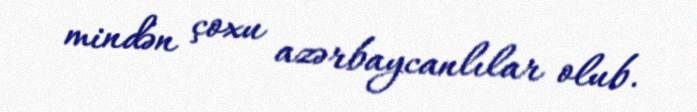
mindən çoxu azərbaycanlılar olub.